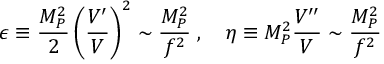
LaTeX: \epsilon \equiv \frac { M _ { P } ^ { 2 } } { 2 } \left( \frac { V ^ { \prime } } { V } \right) ^ { 2 } \sim \frac { M _ { P } ^ { 2 } } { f ^ { 2 } } \; , \quad \eta \equiv M _ { P } ^ { 2 } \frac { V ^ { \prime \prime } } { V } \sim \frac { M _ { P } ^ { 2 } } { f ^ { 2 } }